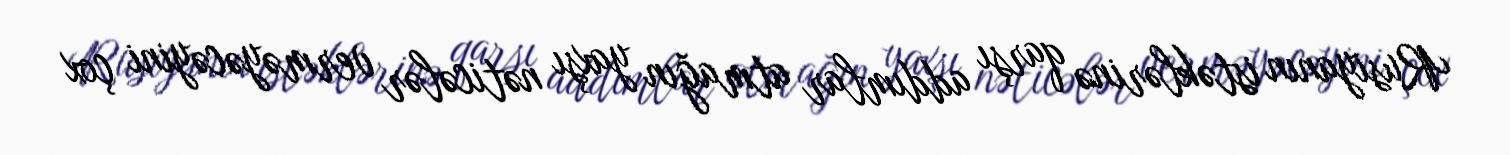
Rusiyanın istəklərinə qarşı addımlar atmağın yaxşı nəticələr verməyəcəyini çox